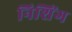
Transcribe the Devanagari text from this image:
निशिंग